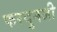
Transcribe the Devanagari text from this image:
फरदुनजी